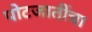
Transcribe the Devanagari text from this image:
पोटजातींचा